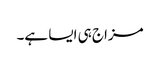
مزاج ہی ایسا ہے۔